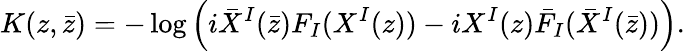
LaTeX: K(z,\bar{z})=-\log\Big(i\bar{X}^{I}(\bar{z})F_{I}(X^{I}(z))-iX^{I}(z)\bar{F}_{I}(\bar{X}^{I}(\bar{z}))\Big).